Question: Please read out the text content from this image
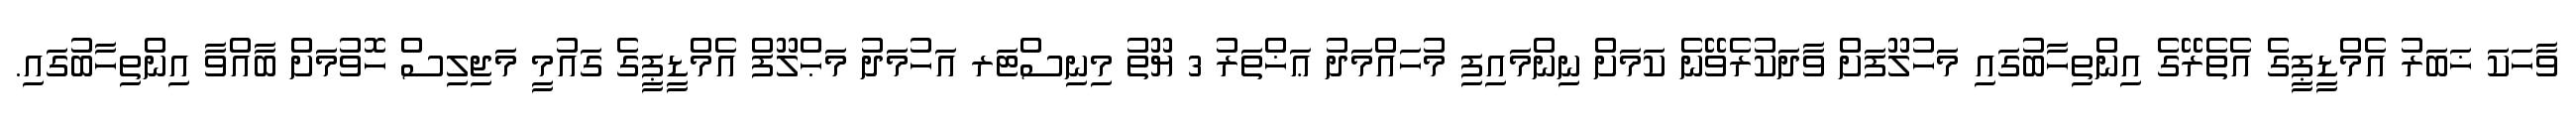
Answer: ވާހަކަ ޚަބަރު އެމްޑީޕީގެ އެތެރޭގެ އިންތިހާބުގައި މަހުލޫފަށް ވާދަކުރެވޭނެ ކަމަށް ނިންމައިފި މުހައްމަދު ޢަޚްތަރު 3 ޔޫތު މިނިސްޓަރ އަހުމަދު މަޙްލޫފް އެމްޑީޕީގެ ގައުމީ މަޖިލިސް ހޮވުމަށް ބާއްވާ އިންތިހާބުގައި.